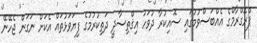
ޕްރޮގްރާމްގެ އެއްބަސްވުމުގައި ސޮއިކުރާ ދުވަހު އިޤްތިސާދީ ދަތިކުރުމުގެ ފިޔަވަޅުތައް އެކަށް ނަގަން ޖެހޭނޭ